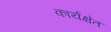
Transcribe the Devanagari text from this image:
कार्यक्षेत